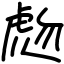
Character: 虝